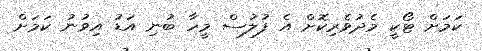
ކަމަށް ޓޯކީ މެދުވެރިކޮށް އެ ފުލުސް މީހާ ބުނި އަޑު އިވުނު ކަމަށް